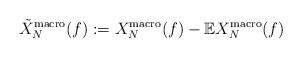
LaTeX: \begin{align*}\tilde{X}^{\mathrm{macro}}_{N}(f) := X^{\mathrm{macro}}_{N}(f) - \mathbb{E}X^{\mathrm{macro}}_{N}(f) \end{align*}